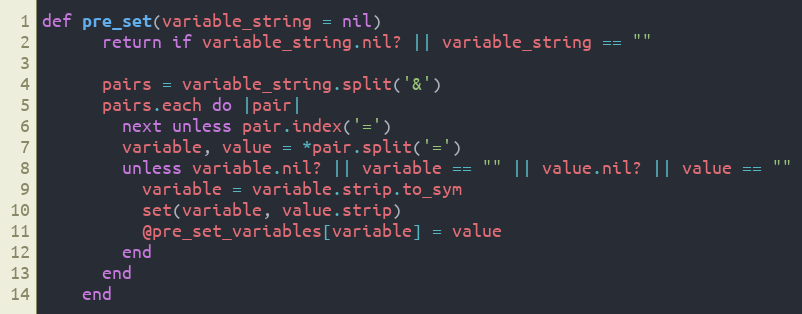
Language: Ruby
def pre_set(variable_string = nil)
      return if variable_string.nil? || variable_string == ""

      pairs = variable_string.split('&')
      pairs.each do |pair|
        next unless pair.index('=')
        variable, value = *pair.split('=')
        unless variable.nil? || variable == "" || value.nil? || value == ""
          variable = variable.strip.to_sym
          set(variable, value.strip)
          @pre_set_variables[variable] = value
        end
      end
    end